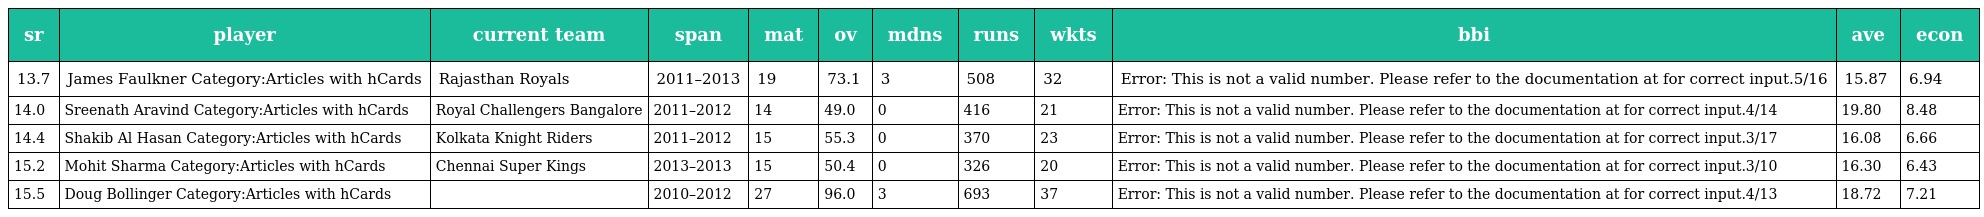
| sr | player | current team | span | mat | ov | mdns | runs | wkts | bbi | ave | econ |
 | --- | --- | --- | --- | --- | --- | --- | --- | --- | --- | --- | --- |
 | 13.7 | James Faulkner Category:Articles with hCards | Rajasthan Royals | 2011–2013 | 19 | 73.1 | 3 | 508 | 32 | Error: This is not a valid number. Please refer to the documentation at for correct input.5/16 | 15.87 | 6.94 |
 | 14.0 | Sreenath Aravind Category:Articles with hCards | Royal Challengers Bangalore | 2011–2012 | 14 | 49.0 | 0 | 416 | 21 | Error: This is not a valid number. Please refer to the documentation at for correct input.4/14 | 19.80 | 8.48 |
 | 14.4 | Shakib Al Hasan Category:Articles with hCards | Kolkata Knight Riders | 2011–2012 | 15 | 55.3 | 0 | 370 | 23 | Error: This is not a valid number. Please refer to the documentation at for correct input.3/17 | 16.08 | 6.66 |
 | 15.2 | Mohit Sharma Category:Articles with hCards | Chennai Super Kings | 2013–2013 | 15 | 50.4 | 0 | 326 | 20 | Error: This is not a valid number. Please refer to the documentation at for correct input.3/10 | 16.30 | 6.43 |
 | 15.5 | Doug Bollinger Category:Articles with hCards |  | 2010–2012 | 27 | 96.0 | 3 | 693 | 37 | Error: This is not a valid number. Please refer to the documentation at for correct input.4/13 | 18.72 | 7.21 |